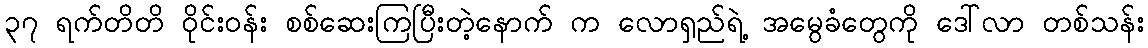
၃၇ ရက်တိတိ ဝိုင်းဝန်း စစ်ဆေးကြပြီးတဲ့နောက် က လောရှည်ရဲ့ အမွေခံတွေကို ဒေါ်လာ တစ်သန်း